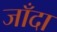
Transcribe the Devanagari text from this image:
जाँदा